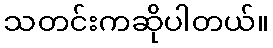
သတင်းကဆိုပါတယ်။